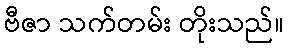
ဗီဇာ သက်တမ်း တိုးသည်။